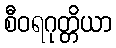
စီဝရဂုတ္တိယာ